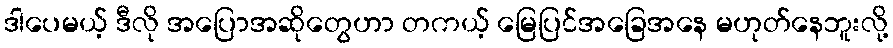
ဒါပေမယ့် ဒီလို အပြောအဆိုတွေဟာ တကယ့် မြေပြင်အခြေအနေ မဟုတ်နေဘူးလို့